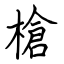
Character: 槍